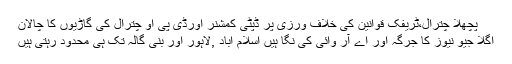
پچھلا چترال،ٹریفک قوانین کی خلاف ورزی پر ڈپٹی کمشنر اورڈی پی او چترال کی گاڑیوں کا چالان
اگلا جیو نیوز کا جرگہ اور اے آر وائی کی نگا ہیں اسلام آباد ,لاہور اور بنی گالہ تک ہی محدود رہتی ہیں